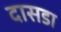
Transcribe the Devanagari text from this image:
दासडा